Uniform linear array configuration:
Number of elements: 4
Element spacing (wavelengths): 0.5
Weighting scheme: uniform
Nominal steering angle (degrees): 15
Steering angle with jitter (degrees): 13.056
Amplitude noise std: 0.05
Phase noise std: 0.05

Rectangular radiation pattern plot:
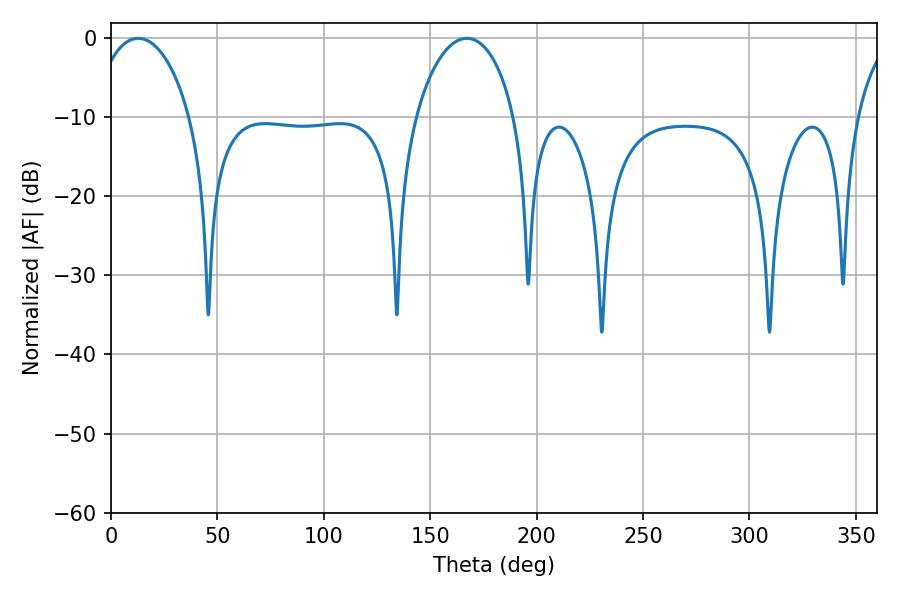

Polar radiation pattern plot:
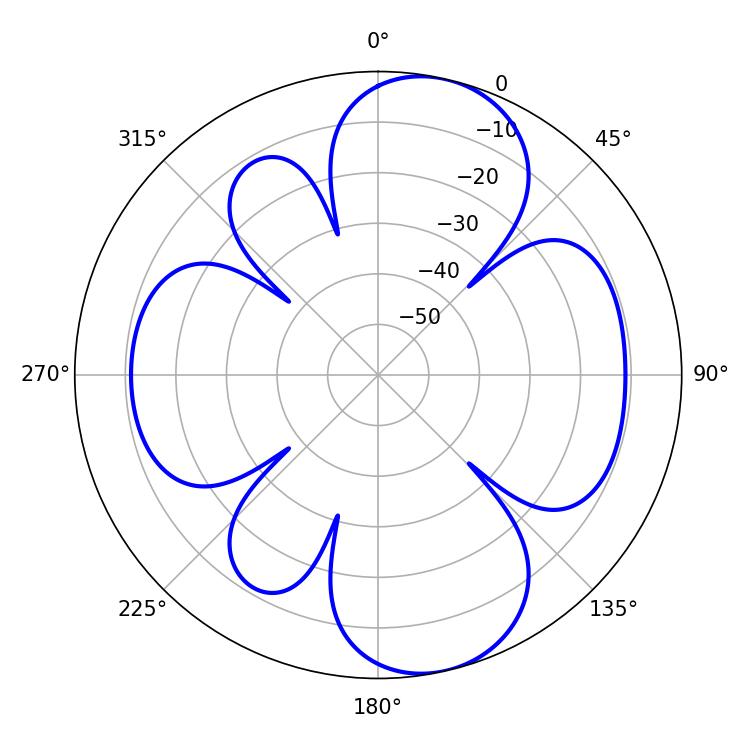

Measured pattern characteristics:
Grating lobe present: FALSE
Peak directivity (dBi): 9.523
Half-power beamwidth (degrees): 26.64
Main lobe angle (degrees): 167.22